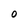
Character: 0